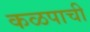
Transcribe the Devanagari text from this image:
कळपाची